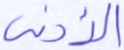
الأدنى